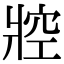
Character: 㸜